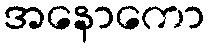
အနောကော